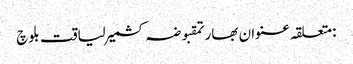
:متعلقہ عنوان بھارتمقبوضہ کشمیرلیاقت بلوچ